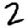
Digit: 2